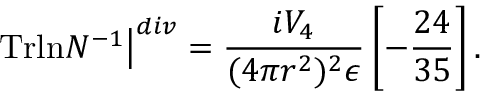
\left. \mathrm { T r l n } N ^ { - 1 } \right\vert ^ { d i v } = \frac { i V _ { 4 } } { ( 4 \pi r ^ { 2 } ) ^ { 2 } \epsilon } \left[ - \frac { 2 4 } { 3 5 } \right] .